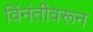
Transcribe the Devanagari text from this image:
विंनंतीवरून